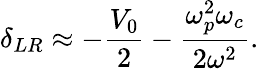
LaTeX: \delta_{LR}\approx-\frac{V_{0}}{2}-\frac{\omega_{p}^{2}\omega_{c}}{2\omega^{2}}.